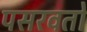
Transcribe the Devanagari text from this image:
पसरवतो